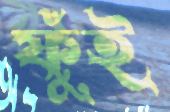
ফুঁই